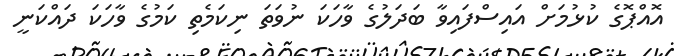
އޮއްޕޮގެ ކުޅުމަށް އައިސްފައިވާ ބަދަލުގެ ވާހަކަ ނުވަތަ ނިކަމެތި ކަމުގެ ވާހަކަ ދައްކަނީ